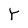
Character: Y